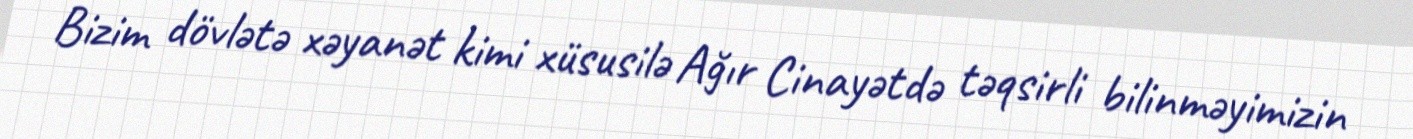
Bizim dövlətə xəyanət kimi xüsusilə Ağır Cinayətdə təqsirli bilinməyimizin